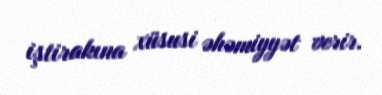
iştirakına xüsusi əhəmiyyət verir.